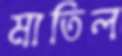
মাতিল